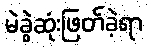
မဲခွဲဆုံးဖြတ်ခဲ့ရာ